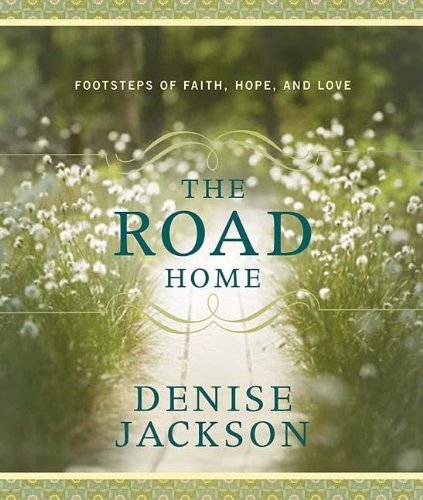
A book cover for The Road Home; Denise Jackson; Christian Books & Bibles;